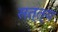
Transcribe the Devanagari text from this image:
सत्त्य